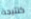
كنتيجة